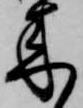
来